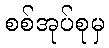
စစ်အုပ်စုမှ